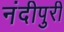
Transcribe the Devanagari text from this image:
नंदीपुरी